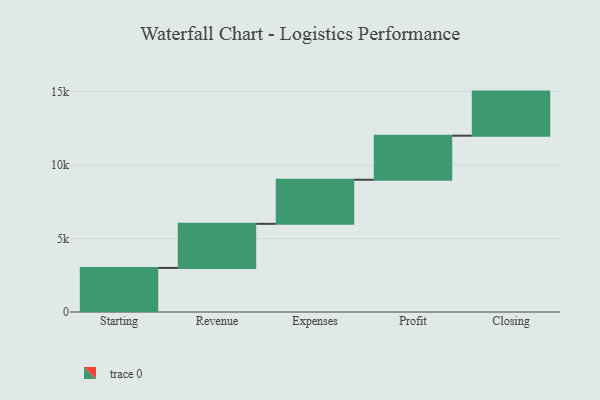
{"axis": {"x": "Step", "y": "Value"}, "legend": [""], "data": [{"x": "Starting", "y": 3000, "type": ""}, {"x": "Revenue", "y": 3000, "type": ""}, {"x": "Expenses", "y": 3000, "type": ""}, {"x": "Profit", "y": 3000, "type": ""}, {"x": "Closing", "y": 3000, "type": ""}]}